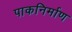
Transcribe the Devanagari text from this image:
पाकनिर्माण